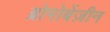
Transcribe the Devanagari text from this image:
ब्रोमोबेंज़ीन